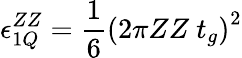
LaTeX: \epsilon_{1Q}^{ZZ}=\frac{1}{6}\left(2\pi ZZ\ t_{g}\right)^{2}